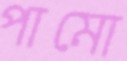
পামো